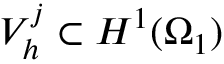
V _ { h } ^ { j } \subset H ^ { 1 } ( \Omega _ { 1 } )